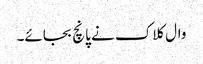
وال کلاک نے پانچ بجائے۔